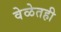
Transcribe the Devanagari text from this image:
वेळेतही